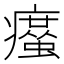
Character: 𤻠